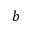
b